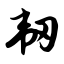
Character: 韧